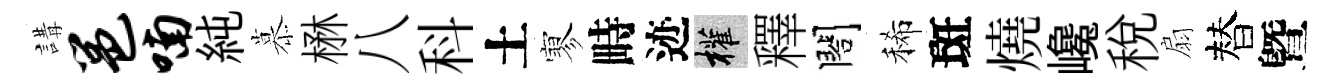
講邕喃純慕楙八科土寥畤迹權釋閤稀斑燒巉税扇替曁